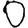
Digit: 0